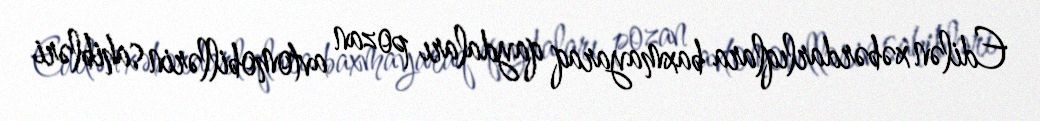
Edilən xəbərdarlıqlara baxmayaraq qaydaları pozan avtomobillərin sahibləri